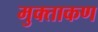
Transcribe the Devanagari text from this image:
मुक्ताकण